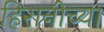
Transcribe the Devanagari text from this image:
हिरानीच्या